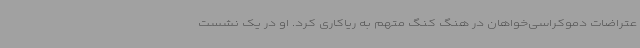
عتراضات دموکراسی‌خواهان در هنگ کنگ متهم به ریاکاری کرد. او در یک نشست